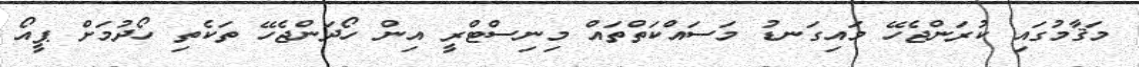
މަޤާމުގައި ކުރަންޖެހޭ މައިގަނޑު މަސައްކަތްތައް މިނިސްޓްރީ އިން ހޯދަންޖެހޭ ތަކެތި ހޯދުމަށް ޕީއޯ